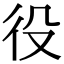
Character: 役